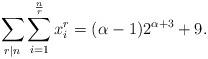
LaTeX: \begin{align*} \displaystyle \sum_{r|n} \sum_{i=1}^{\frac{n}{r}}x_i^r= (\alpha-1)2^{\alpha+3}+9.\end{align*}